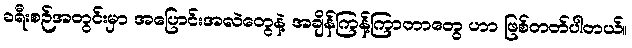
ခရီးစဉ်အတွင်းမှာ အပြောင်းအလဲတွေနဲ့ အချိန်ကြန့်ကြာတာတွေ ဟာ ဖြစ်တတ်ပါတယ်။